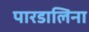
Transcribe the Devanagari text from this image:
पारडालिना